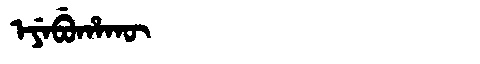
Manchu: ᡝᠶᡝᠪᡠᡥᠠᡴᡡ
Romanization: EYEBUHAKŪ